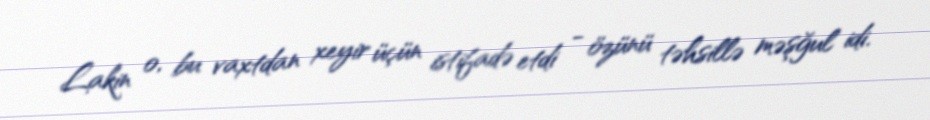
Lakin o, bu vaxtdan xeyir üçün istifadə etdi - özünü təhsillə məşğul idi.